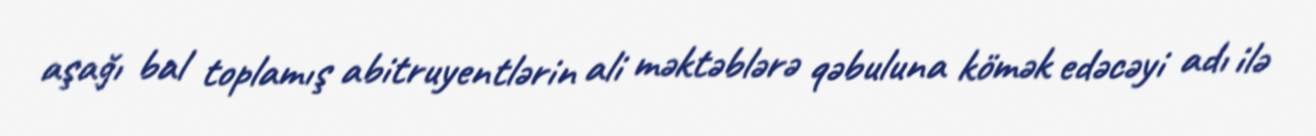
aşağı bal toplamış abitruyentlərin ali məktəblərə qəbuluna kömək edəcəyi adı ilə